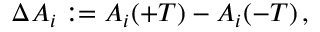
\Delta A _ { i } : = A _ { i } ( + T ) - A _ { i } ( - T ) \, ,